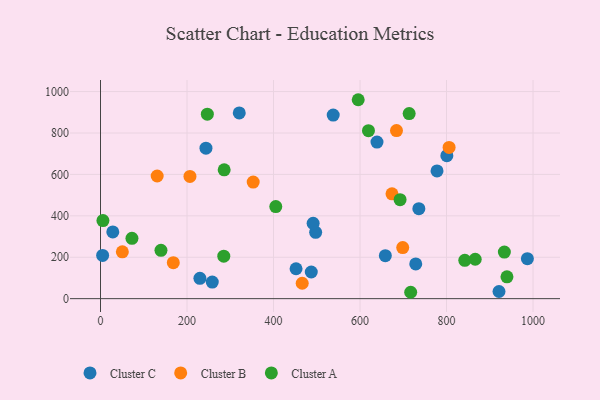
{"axis": {"x": "Speed", "y": "Salary"}, "legend": ["Cluster A", "Cluster B", "Cluster C"], "data": [{"x": "986.9", "y": 193.3, "type": "Cluster C"}, {"x": "4.9", "y": 208.9, "type": "Cluster C"}, {"x": "538.0", "y": 886.4, "type": "Cluster C"}, {"x": "921.3", "y": 34.6, "type": "Cluster C"}, {"x": "28.4", "y": 322.3, "type": "Cluster C"}, {"x": "658.5", "y": 207.5, "type": "Cluster C"}, {"x": "497.4", "y": 320.3, "type": "Cluster C"}, {"x": "778.0", "y": 616.8, "type": "Cluster C"}, {"x": "452.1", "y": 144.5, "type": "Cluster C"}, {"x": "639.2", "y": 756.1, "type": "Cluster C"}, {"x": "728.8", "y": 167.9, "type": "Cluster C"}, {"x": "229.8", "y": 98.1, "type": "Cluster C"}, {"x": "736.0", "y": 434.7, "type": "Cluster C"}, {"x": "320.8", "y": 897.0, "type": "Cluster C"}, {"x": "800.7", "y": 690.3, "type": "Cluster C"}, {"x": "487.3", "y": 128.6, "type": "Cluster C"}, {"x": "243.8", "y": 726.6, "type": "Cluster C"}, {"x": "491.6", "y": 364.0, "type": "Cluster C"}, {"x": "258.4", "y": 79.9, "type": "Cluster C"}, {"x": "466.3", "y": 74.4, "type": "Cluster B"}, {"x": "698.7", "y": 246.9, "type": "Cluster B"}, {"x": "168.3", "y": 173.9, "type": "Cluster B"}, {"x": "805.9", "y": 730.3, "type": "Cluster B"}, {"x": "353.0", "y": 563.0, "type": "Cluster B"}, {"x": "50.5", "y": 226.1, "type": "Cluster B"}, {"x": "684.3", "y": 811.7, "type": "Cluster B"}, {"x": "206.8", "y": 590.3, "type": "Cluster B"}, {"x": "131.0", "y": 592.4, "type": "Cluster B"}, {"x": "673.9", "y": 506.2, "type": "Cluster B"}, {"x": "842.2", "y": 185.2, "type": "Cluster A"}, {"x": "713.6", "y": 893.8, "type": "Cluster A"}, {"x": "247.0", "y": 891.0, "type": "Cluster A"}, {"x": "72.7", "y": 291.4, "type": "Cluster A"}, {"x": "692.6", "y": 478.2, "type": "Cluster A"}, {"x": "285.9", "y": 622.1, "type": "Cluster A"}, {"x": "405.2", "y": 444.5, "type": "Cluster A"}, {"x": "5.6", "y": 376.9, "type": "Cluster A"}, {"x": "619.5", "y": 811.2, "type": "Cluster A"}, {"x": "717.1", "y": 30.8, "type": "Cluster A"}, {"x": "595.8", "y": 960.7, "type": "Cluster A"}, {"x": "139.8", "y": 233.6, "type": "Cluster A"}, {"x": "285.0", "y": 205.2, "type": "Cluster A"}, {"x": "866.3", "y": 190.3, "type": "Cluster A"}, {"x": "933.7", "y": 225.0, "type": "Cluster A"}, {"x": "939.7", "y": 105.6, "type": "Cluster A"}]}